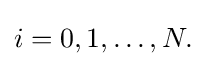
{\textstyle i=0,1,\ldots ,N.}